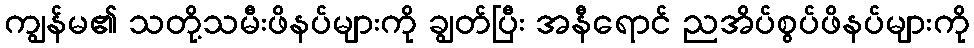
ကျွန်မ၏ သတို့သမီးဖိနပ်များကို ချွတ်ပြီး အနီရောင် ညအိပ်စွပ်ဖိနပ်များကို